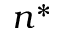
n ^ { * }